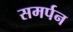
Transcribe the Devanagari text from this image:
समर्पन